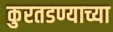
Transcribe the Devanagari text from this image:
कुरतडण्याच्या